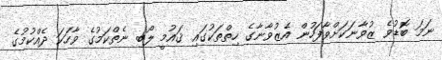
ނަމަ ބޮޑުވެ ޒުވާނަކަށްވާފަހުން އެޒުވާނާގެ ހިތްތަކުގައި ޤައުމީ ލޯބި ނެތްކަމުގެ ވާހަކަ ދެއްކުމުގެ